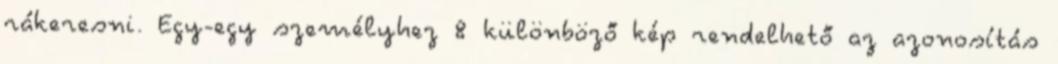
rákeresni. Egy-egy személyhez 8 különböző kép rendelhető az azonosítás